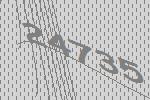
24735